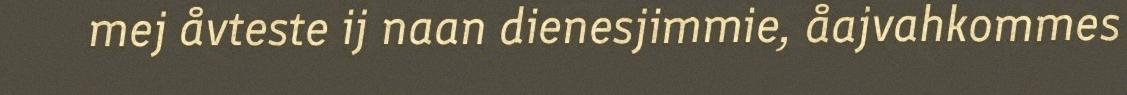
mej åvteste ij naan dienesjimmie, åajvahkommes